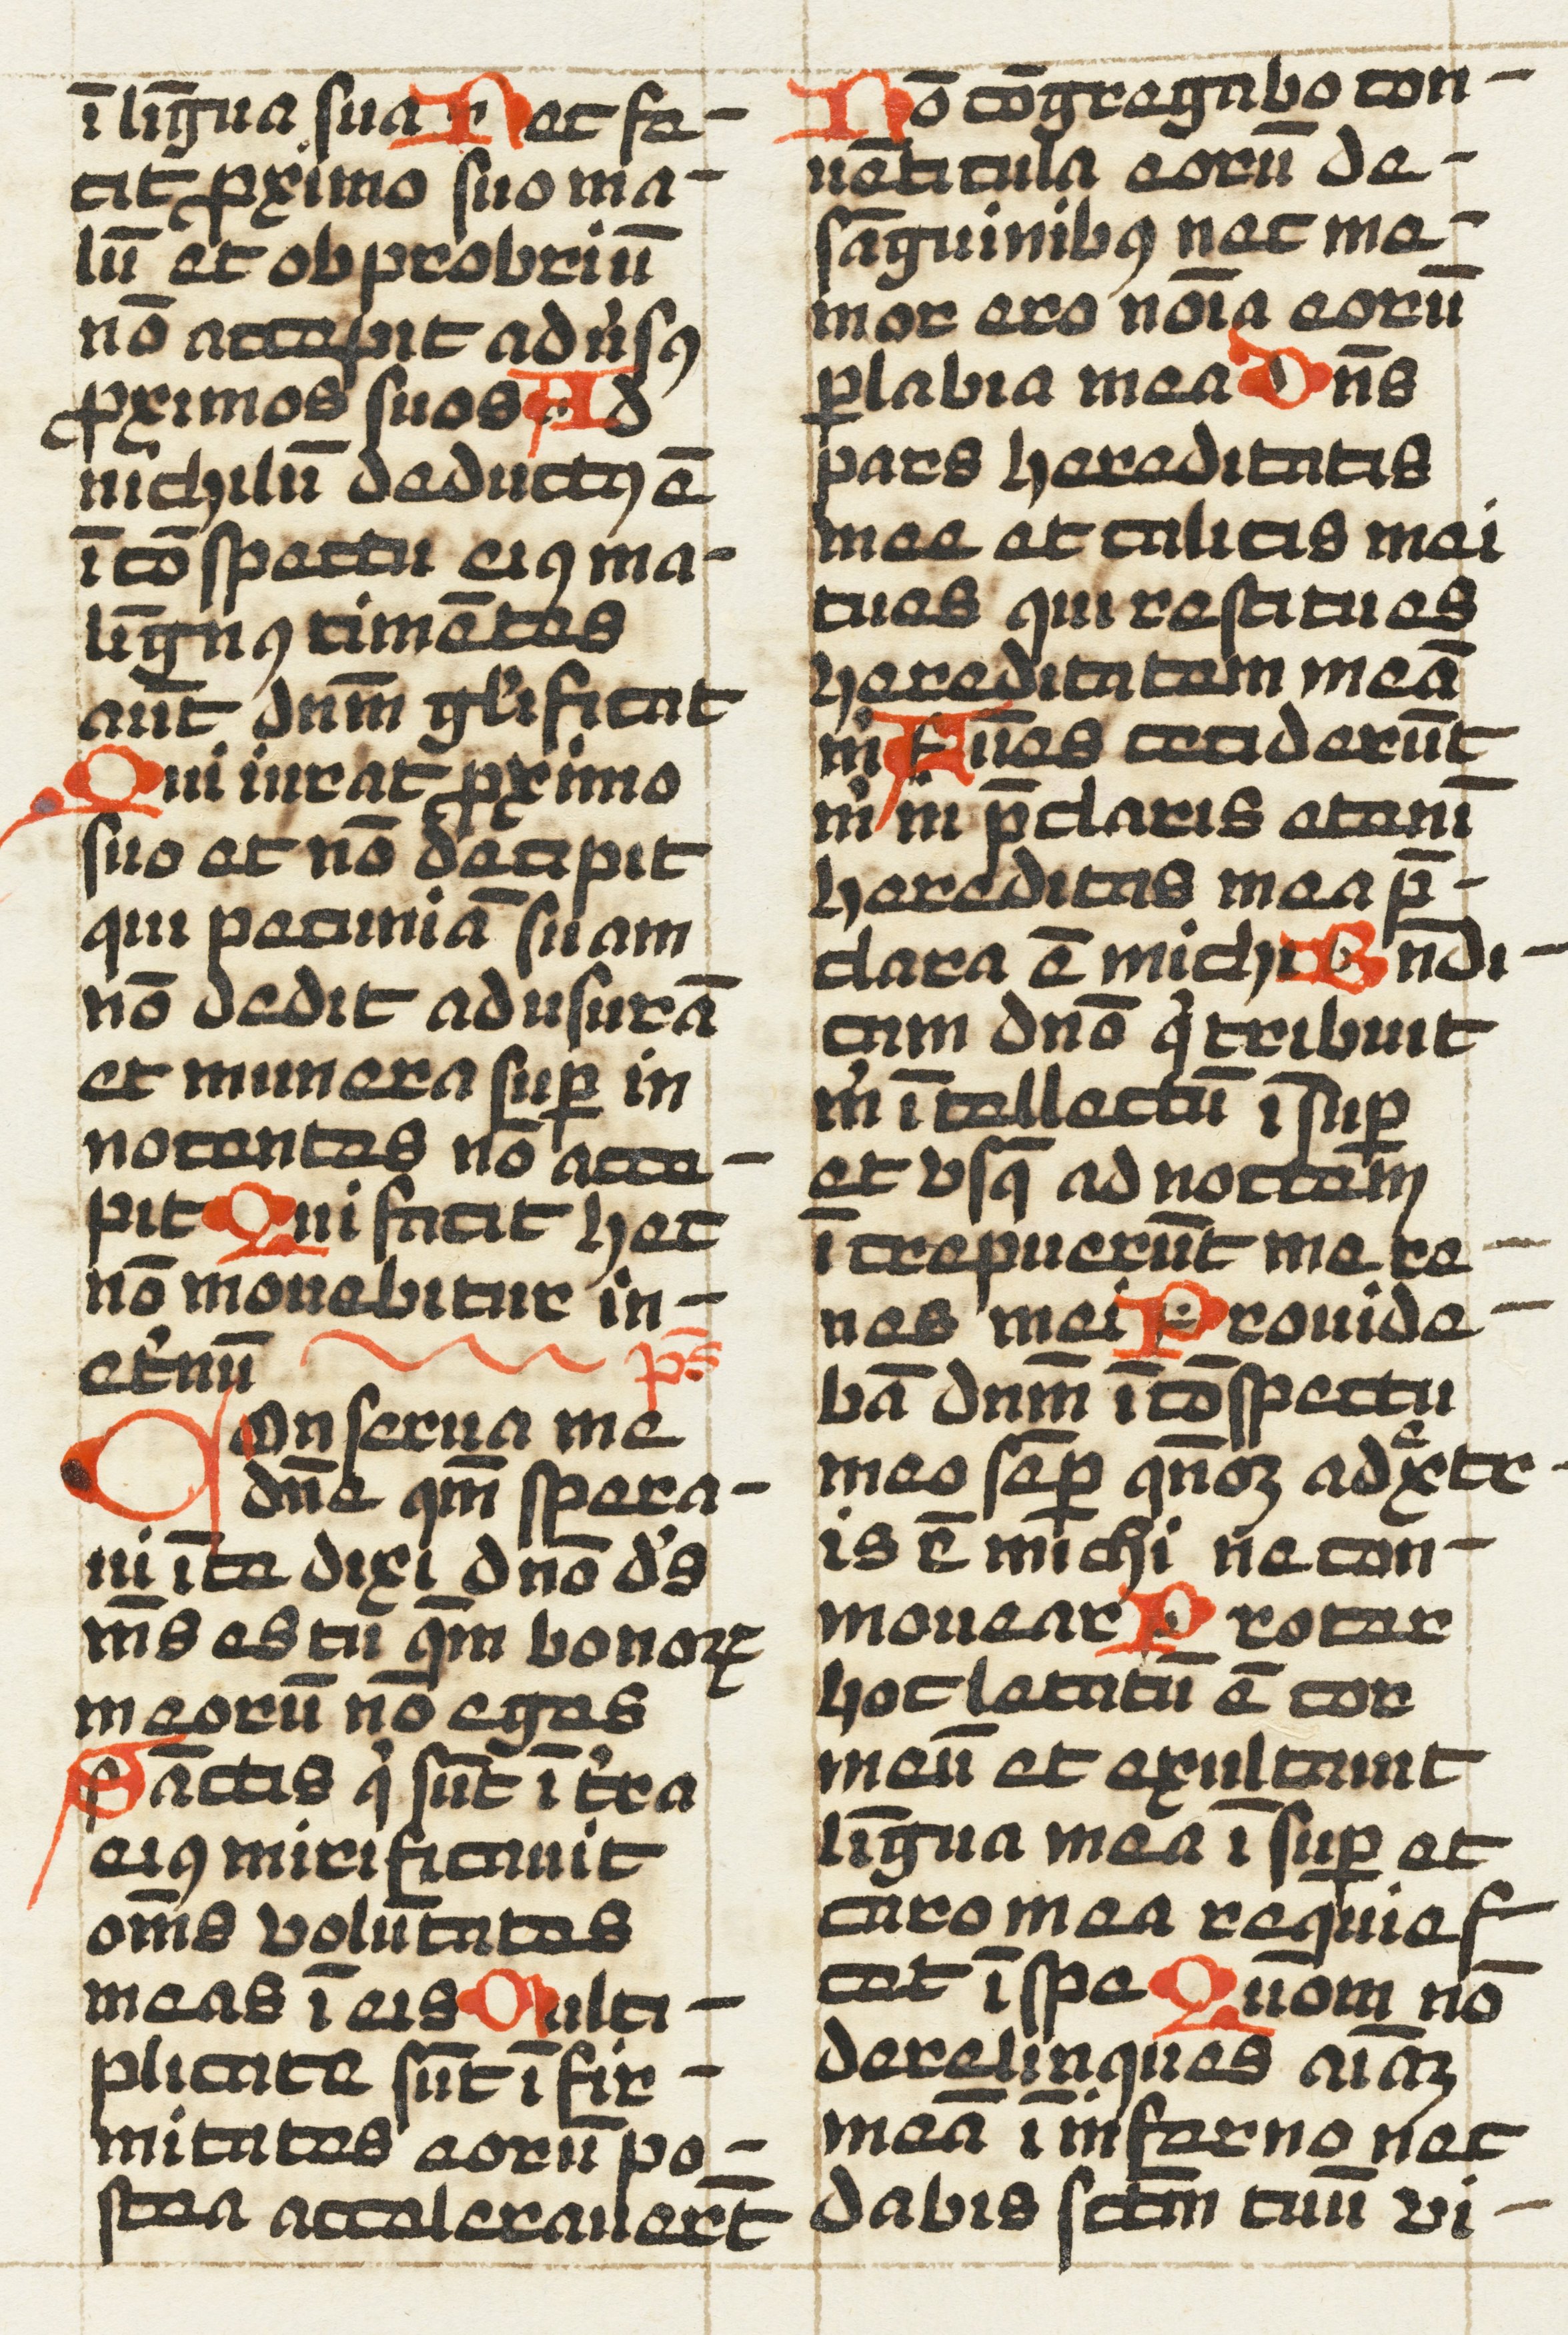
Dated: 1457–1498